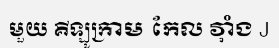
មួយ គីឡូក្រាម កែល វ៉ាំង J